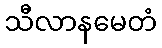
သီလာနမေတံ